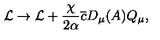
{ \cal L } \rightarrow { \cal L } + \frac { \chi } { 2 \alpha } \overline { { c } } D _ { \mu } ( A ) Q _ { \mu } ,